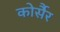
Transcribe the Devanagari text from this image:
कोर्सैर